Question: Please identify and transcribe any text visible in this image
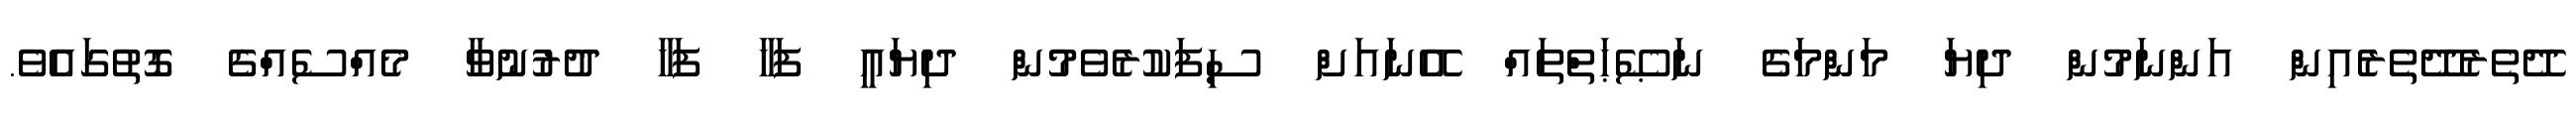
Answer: ދޭތެރެދޭތެރެއިން އަންނަމުން ދިޔަ މަންމަގެ ނަޞޭޙަތްތައް އޭނައަށް ސިފަކުރެވެމުން ދިޔައީ ފަހާ ފަހާ ދުރުނުވާ މެއްސެއްގެ ގޮތުގައެވެ.